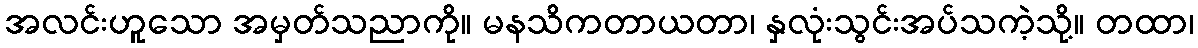
အလင်းဟူသော အမှတ်သညာကို။ မနသိကတာယတာ၊ နှလုံးသွင်းအပ်သကဲ့သို့။ တထာ၊